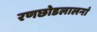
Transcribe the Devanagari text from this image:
रणछोडलालनां